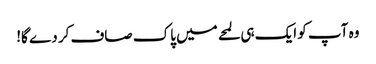
وہ آپ کو ایک ہی لمحے میں پاک صاف کر دے گا!